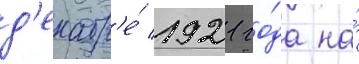
д'екабр'е́ 1921 го́да на́